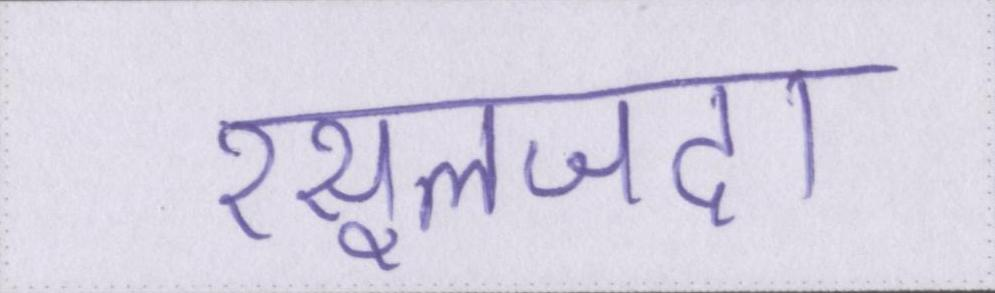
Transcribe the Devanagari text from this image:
रसूलजदा